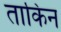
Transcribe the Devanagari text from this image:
ताकिन